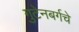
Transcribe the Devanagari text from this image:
गुटेनबर्गचे